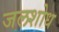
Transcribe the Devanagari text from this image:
जलशोध